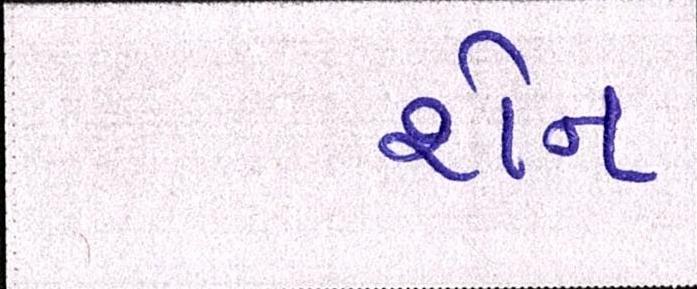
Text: શેન